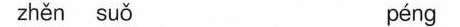
zhěn suǒ péng